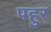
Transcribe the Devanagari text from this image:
पहुर